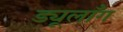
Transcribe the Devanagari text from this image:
ड्यूलाँग